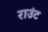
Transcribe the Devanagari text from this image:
राउंट